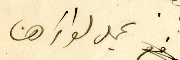
يحمل لواءَها